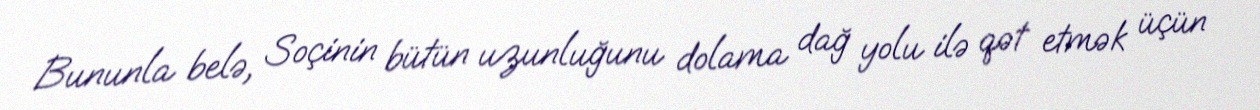
Bununla belə, Soçinin bütün uzunluğunu dolama dağ yolu ilə qət etmək üçün